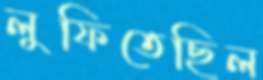
লুফিতেছিল